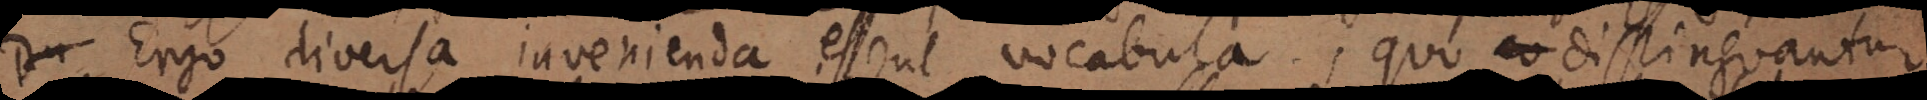
Ergo diversa invenienda essent vocabula, quo distinguantur